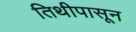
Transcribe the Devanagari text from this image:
तिथीपासून